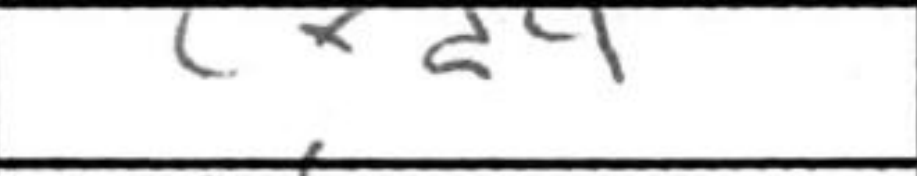
Transcription: cxd4